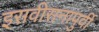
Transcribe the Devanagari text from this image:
इसवीसनापुर्वी